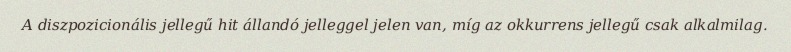
A diszpozicionális jellegű hit állandó jelleggel jelen van, míg az okkurrens jellegű csak alkalmilag.